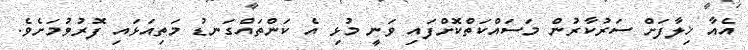
އެއާ ޚިލާފަށް ސަރުކާރުން މަސައްކަތްކޮށްފައި ވަނީ މުޅި އެ ކަންތައްގަނޑު މަތިއަޅައި ފޮރުވުމަށެވެ.